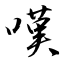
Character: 嘆